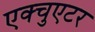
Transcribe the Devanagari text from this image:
एक्चुएटर